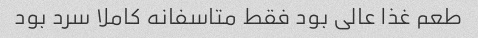
طعم غذا عالی بود فقط متاسفانه کاملا سرد بود